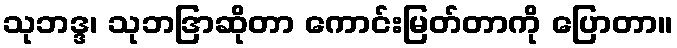
သုဘဒ္ဒ၊ သုဘဒြာဆိုတာ ကောင်းမြတ်တာကို ပြောတာ။